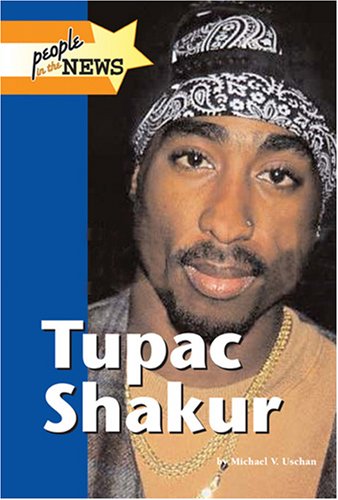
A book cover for Tupac Shakur (People in the News); Michael V. Uschan; Teen & Young Adult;